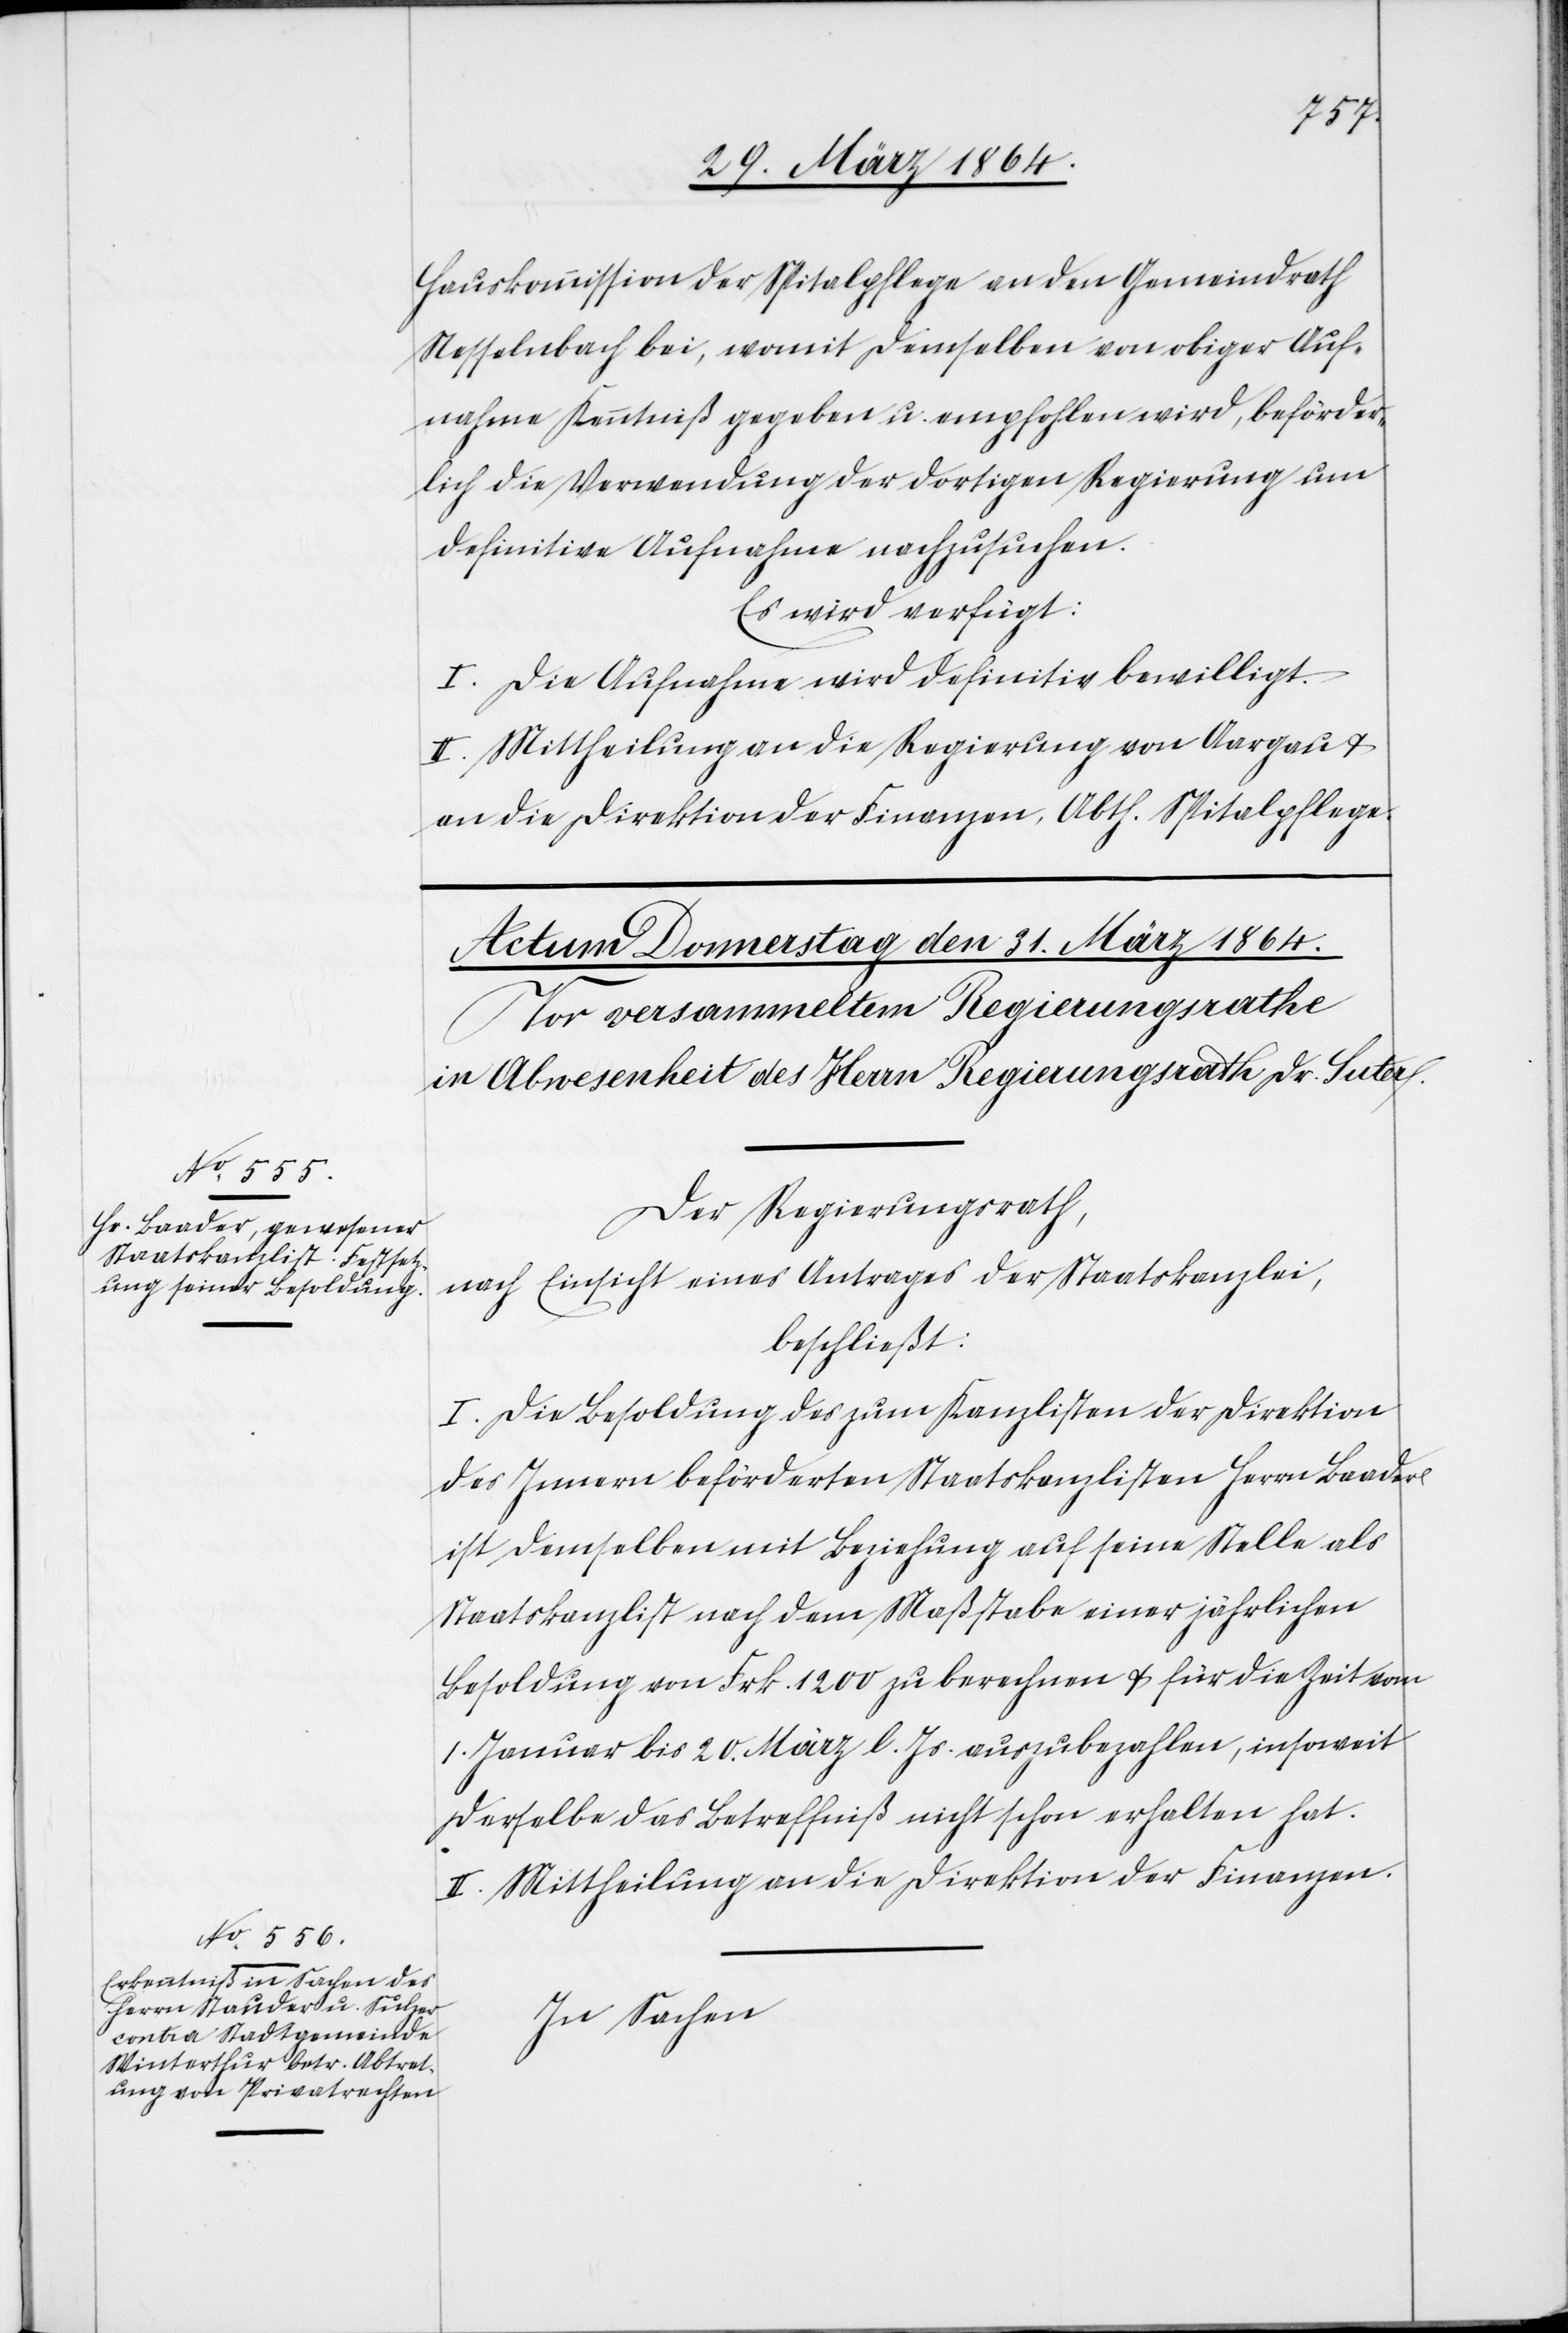
Hauskommission der Spitalpflege an den Gemeindrath
Nesselnbach bei, womit demselben von obiger Auf¬
nahme Kenntniß gegeben u. empfohlen wird, beförder¬
lich die Verwendung der dortigen Regierung um
definitive Aufnahme nachzusuchen.
Es wird verfügt:
I. Die Aufnahme wird definitiv bewilligt.
II. Mittheilung an die Regierung von Aargau u.
an die Direktion der Finanzen, Abth. Spitalpflege.
Der Regierungsrath,
nach Einsicht eines Antrages der Staatskanzlei,
beschließt:
I. Die Besoldung des zum Kanzlisten der Direktion
des Innern beförderten Staatskanzlisten Herrn Baader
ist demselben mit Beziehung auf seine Stelle als
Staatskanzlist nach dem Maßstabe einer jährlichen
Besoldung von Frk. 1200 zu berechnen u. für die Zeit vom
1. Januar bis 20. März l. Js. auszubezahlen, insoweit
derselbe das Betreffniß nicht schon erhalten hat.
II. Mittheilung an die Direktion der Finanzen.
In Sachen